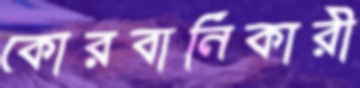
কোরবানিকারী